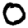
Digit: 0